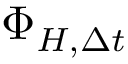
\Phi _ { H , \Delta t }